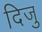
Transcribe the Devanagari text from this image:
दिजु